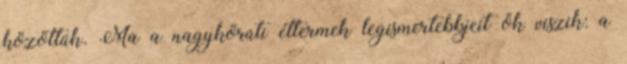
közöttük. Ma a nagykörúti éttermek legismertebbjeit ők viszik: a